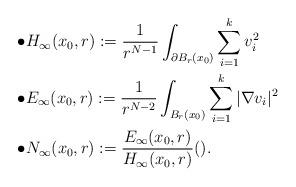
LaTeX: \begin{align*} \bullet & H_{\infty}(x_0,r):= \frac{1}{r^{N-1}} \int_{\partial B_r(x_0)} \sum_{i=1}^k v_{i}^2\\ \bullet & E_{\infty}(x_0,r):= \frac{1}{r^{N-2}} \int_{B_r(x_0)} \sum_{i=1}^k |\nabla v_{i}|^2\\ \bullet & N_{\infty}(x_0,r):= \frac{E_{\infty}(x_0,r)}{H_{\infty}(x_0,r)} ().\end{align*}